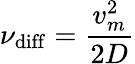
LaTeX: \nu_{\mathrm{diff}}=\frac{v_{m}^{2}}{2D}